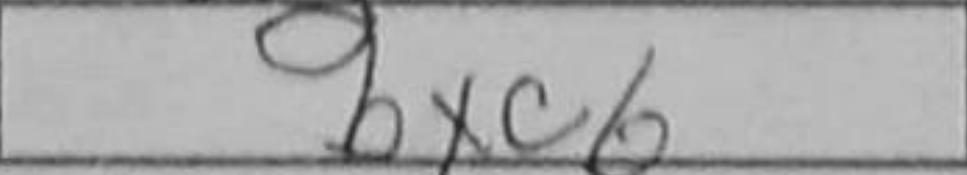
Transcription: bxc6